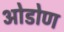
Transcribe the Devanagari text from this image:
ओडोण